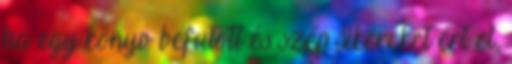
ha egy könyv befutott és szép sikereket ért el,